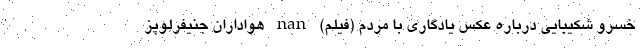
خسرو شکیبایی درباره عکس یادگاری با مردم (فیلم) nan هواداران جنیفرلوپز